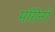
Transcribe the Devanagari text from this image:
मॉरोनी